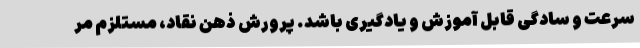
سرعت و سادگی قابل آموزش و یادگیری باشد. پرورش ذهن نقاد، مستلزم مر